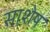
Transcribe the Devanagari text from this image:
साशेष